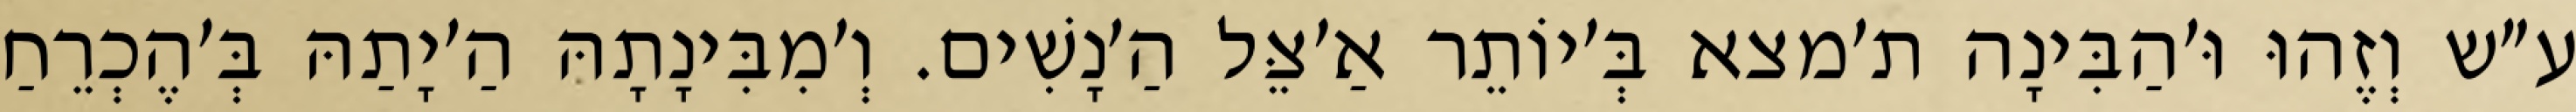
ע״ש וְזֶהוּ וּ׳הַבִּינָה ת׳מצא בְּ׳יוֹתֵר אַ׳צֵּל הַ׳נָשִׁים. וְ׳מִבִּינָתָהּ הַ׳יָתַהּ בְּ׳הֶכְרֵחַ